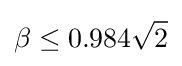
\beta \leq 0.984{\sqrt {2}}